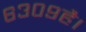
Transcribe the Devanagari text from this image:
६३०९है।